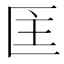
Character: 𭅘